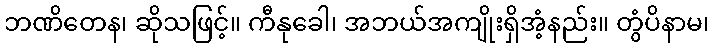
ဘဏိတေန၊ ဆိုသဖြင့်။ ကီနုခေါ၊ အဘယ်အကျိုးရှိအံ့နည်း။ တွံပိနာမ၊